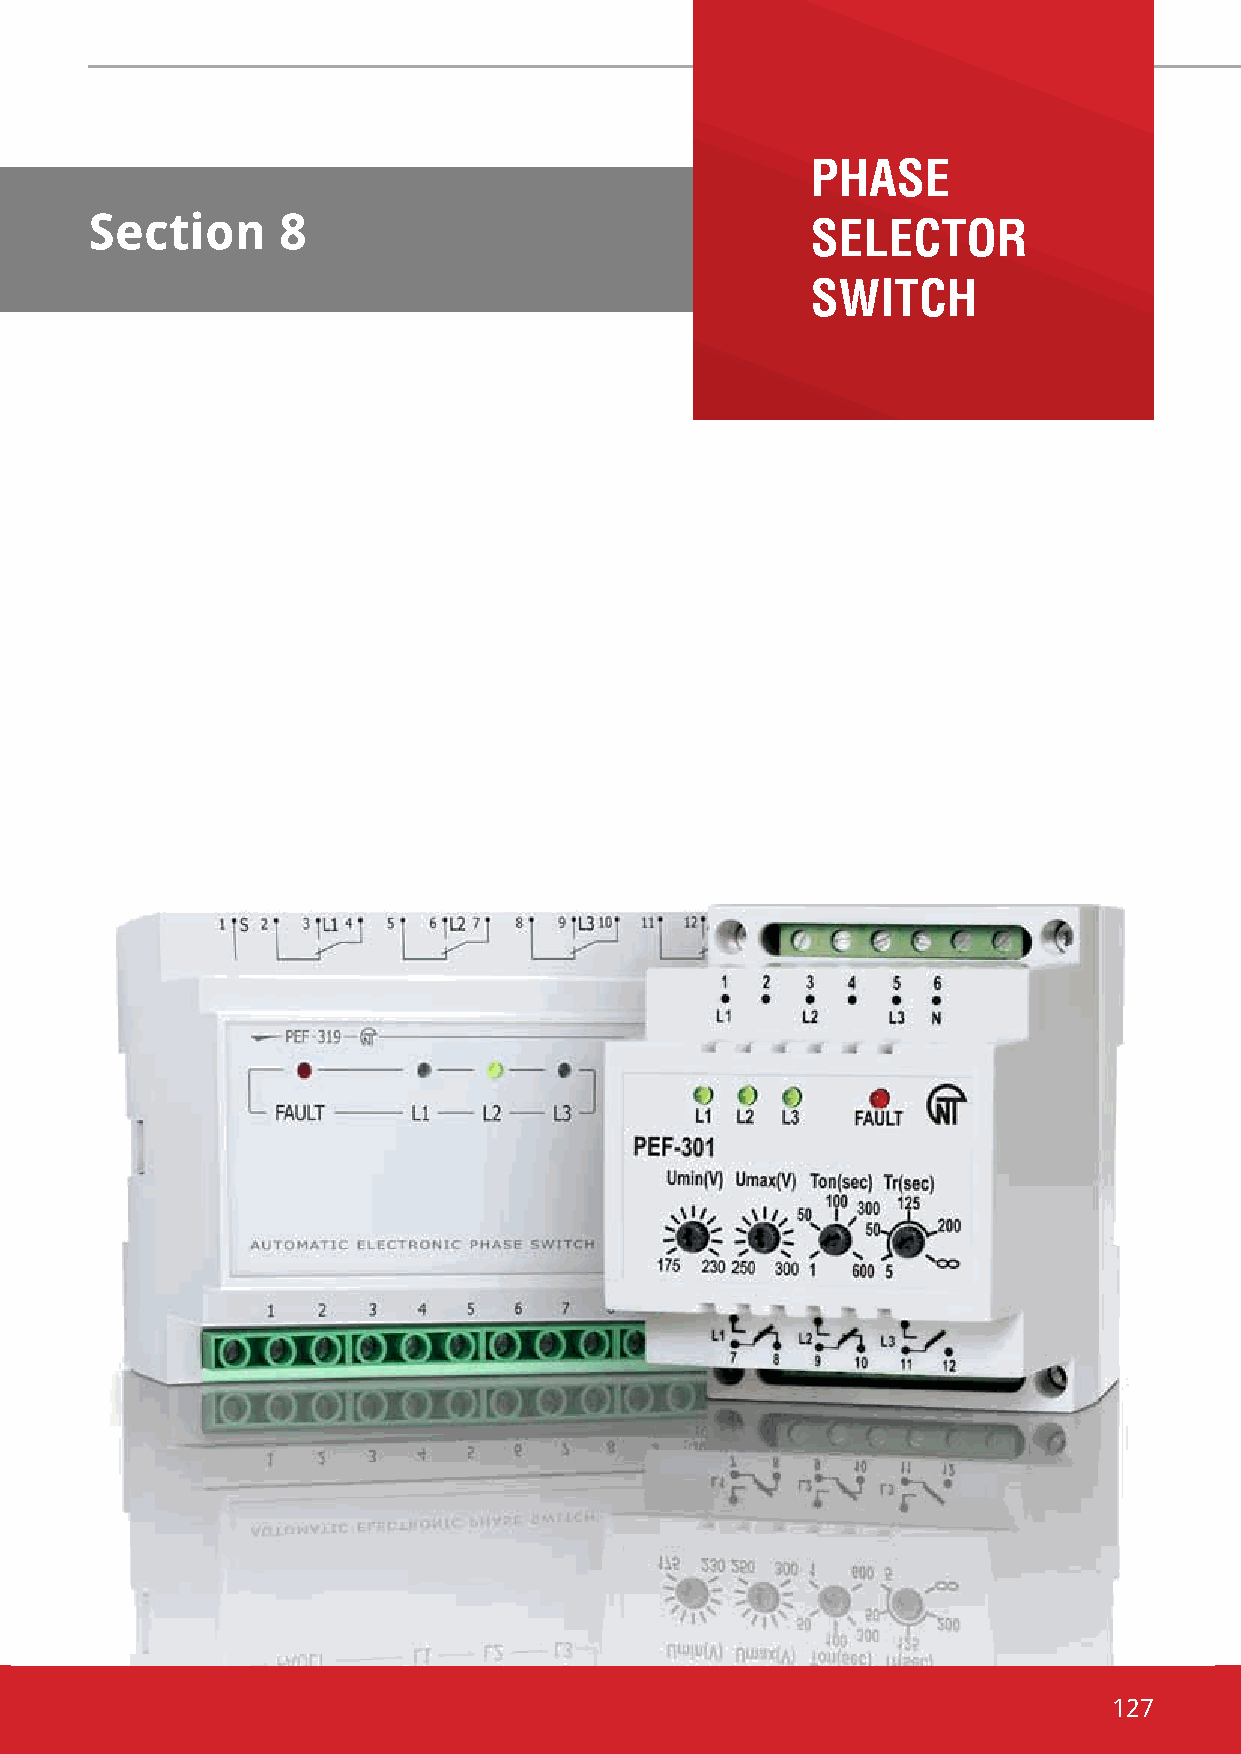
pHAse
 Section     8                                   seleCtor
 sWitCH
 127